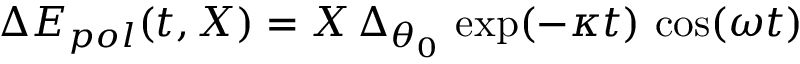
\Delta E _ { p o l } ( t , \boldsymbol { X } ) = \boldsymbol { X } \, \Delta _ { \theta _ { 0 } } \, \exp ( - \kappa t ) \, \cos ( \omega t )